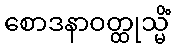
စောဒနာဝတ္ထုသ္မိံ